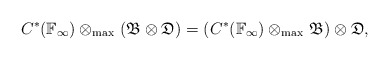
\begin{align*} C^\ast(\mathbb F_\infty) \otimes_{\max{}} (\mathfrak B \otimes \mathfrak D) = (C^\ast(\mathbb F_\infty) \otimes_{\max{}} \mathfrak B) \otimes \mathfrak D, \end{align*}